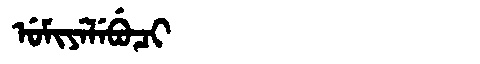
Manchu: ᡠᠮᡳᠶᡝᠯᡝᠪᡠᠴᡳ
Romanization: UMIYELEBUCI